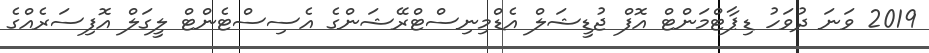
2019 ވަނަ ދުވަހު ޑިޕާޓްމަންޓް އޮފް ޖުޑީޝަލް އެޑްމިނިސްޓްރޭޝަންގެ އެސިސްޓެންޓް ލީގަލް އޮފިސަރެއްގެ